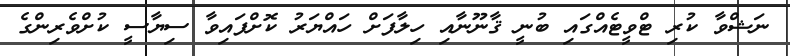
ނަޝްވާ ކުރި ޓްވީޓެއްގައި ބުނީ ޤާނޫނާއި ހިލާފަށް ހައްޔަރު ކޮށްފައިވާ ސިޔާސީ ކުށްވެރިންގެ